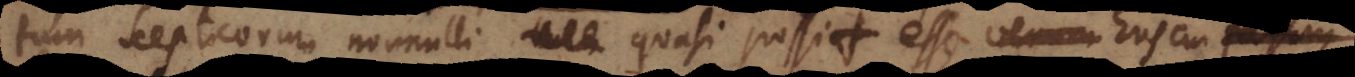
tum Scepticorum nonnulli, quasi possit esse Ens cui